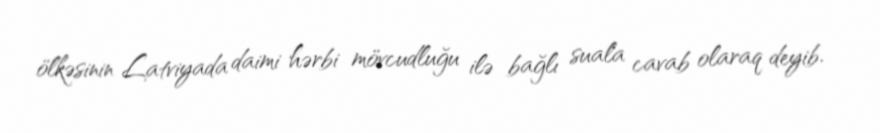
ölkəsinin Latviyada daimi hərbi mövcudluğu ilə bağlı suala cavab olaraq deyib.